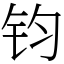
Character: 钧